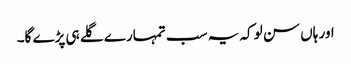
اور ہاں سن لو کہ یہ سب تمہارے گلے ہی پڑے گا۔